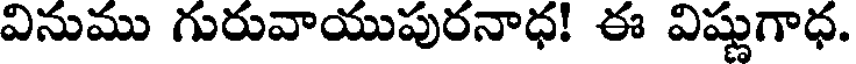
వినుము గురువాయుపురనాధ! ఈ విష్ణుగాధ.